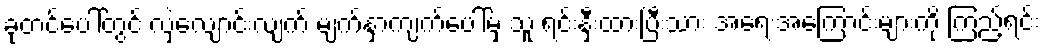
ခုတင်ပေါ်တွင် လှဲလျောင်းလျက် မျက်နှာကျက်ပေါ်မှ သူ ရင်းနှီးထားပြီးသား အရေးအကြောင်းများကို ကြည့်ရင်း